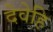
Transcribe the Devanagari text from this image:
देवेहि